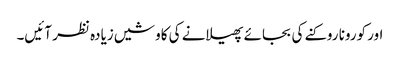
اور کورونا روکنے کی بجائے پھیلانے کی کاوشیں زیادہ نظر آئیں۔